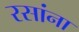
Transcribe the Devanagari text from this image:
रसांना